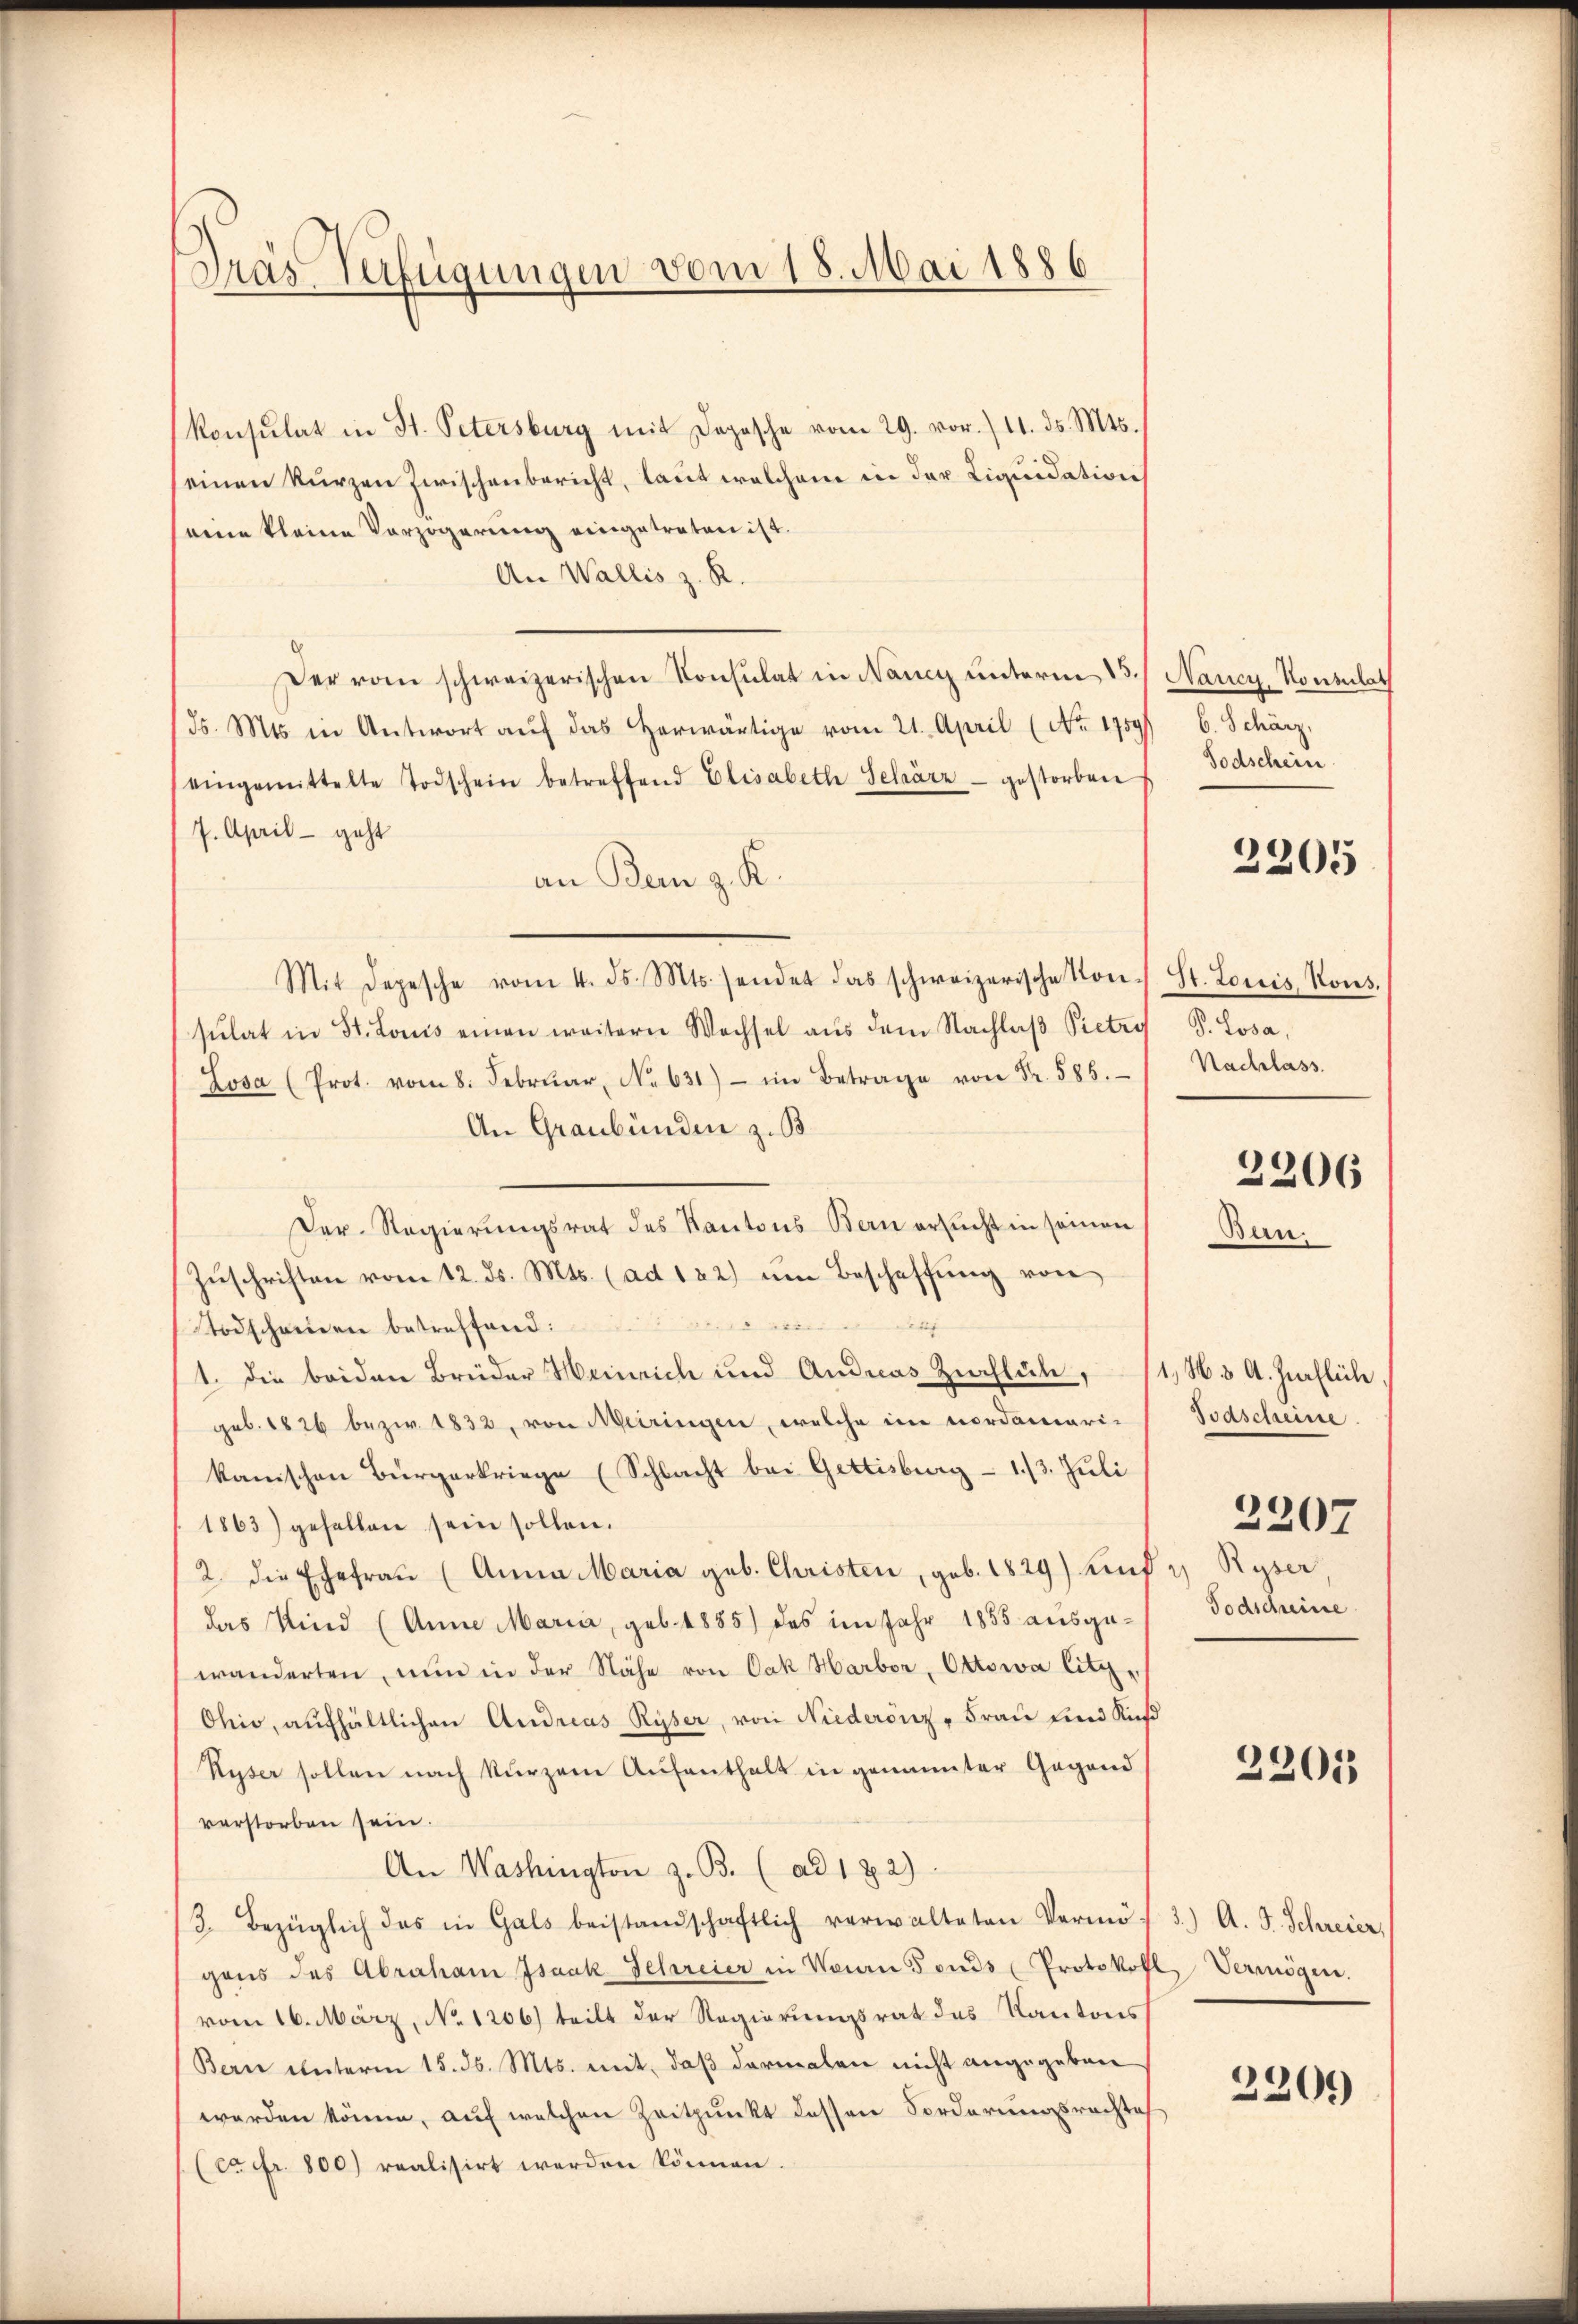
Dras Verfügungen vom 18. Mai 1886

konsulat in St. Petersburg mit Depesche vom 29. vor./11. ds. Mts.
seinen kurzen zwischenbericht, laut welchem in der Liquidation
eine kleine Verzögerung eingetreten ist.
An Wallis z. R.
Der vom schweizerischen Konsulat in Nancy unterm 15.
ds. Mts. in Antwort auf das herwärtige vom 21. April (No. 1759)
eingemittelte Todschein betreffend Elisabeth Schärz- gestorben
7. April - geht
an Bem z. K.
Mit Depesche vom 4. ds. Mts. sendet das schweizerische Kon- St. Louis, Kons.
sulat in St. Louis einen weitern Wechsel aŭs dem Nachlaβ Pietry S. Losa,
Losa (Prot. vom 8. Febrŭar No. 631) im Betrage von Fr. 585. Nachlass
An Graubünden z. B.
Der Regierungsrat des Kantons Bern ersucht in seinen
Zŭschriften vom 12. ds. Mts. (ad 122) um Beschaffŭng von
n
Todscheinen betreffend:
1. die beiden Brüder Heinrich und Andreas Zinfluh,
geb. 1826 bezw. 1832, von Meiringen, welche im nordameri-
kanischen Bürgerkriege (Schlacht bei Gettisburg - 1/3. Juli
1863) gefallen sein sollen.
2. die Ehefrau (Anna Maria geb. Christen, geb. 1829) und 2 Ryser,
das Kind (Anna Maria, geb. 1885) das im Jahr 1855 ausgewänderten, nun in der Nähe von Cak Harbor Ottowa litz-
Ohio, aufhältlichen Andreas Ryser, von Niederönz - Frau und Kuß
Ryser sollen nach kurzem Aufenthalt in genannter Gegend
verstorben sein.
An Washington z. B. (ad 182)
3. Bezüglich das in Gals beistandschaftlich verwalteten Vermö-
gons des Abraham Isaak Schreier in Neuen Fonds Protokoll Vermögen.
vom 16. März, No. 1206) teilt der Regierungsrat des Kantons
Bern unterm 15. ds. Mts. mit, daß dermalen nicht angegeben
werden könne, auf welchen Zeitpunkt dessen Forderungsrechte
(ca Fr. 800) realisirt werden können

Nancy, Konsulat
6. Schärz,
Todschein

2205

2206

Bern.

1.H. 3 A. Zipflich.
Soascheinse
2207
Todscheine

2201

3.) A. G. Schreier,

3200